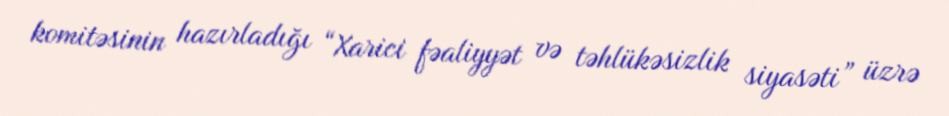
komitəsinin hazırladığı “Xarici fəaliyyət və təhlükəsizlik siyasəti” üzrə